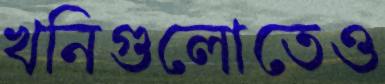
খনিগুলোতেও